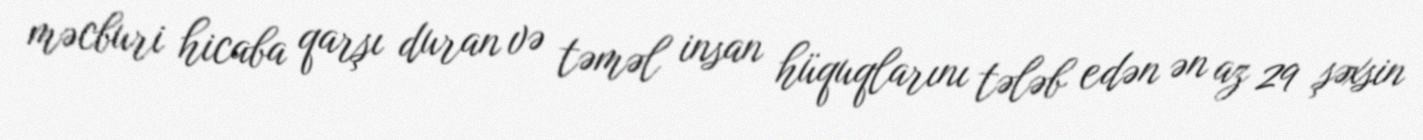
məcburi hicaba qarşı duran və təməl insan hüquqlarını tələb edən ən az 29 şəxsin